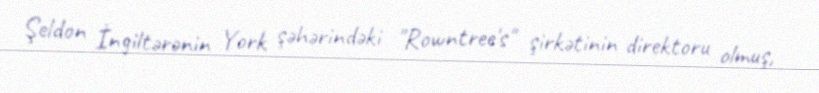
Şeldon İngiltərənin York şəhərindəki "Rowntree's" şirkətinin direktoru olmuş,